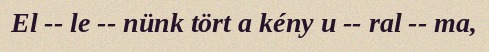
El -- le -- nünk tört a kény u -- ral -- ma,